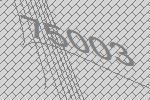
75003